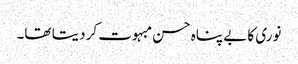
نوری کا بے پناہ حسن مبہوت کر دیتا تھا۔